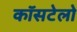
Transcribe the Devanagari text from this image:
कॉसटेलो